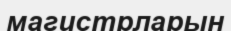
магистрларын